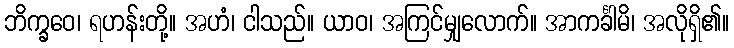
ဘိက္ခဝေ၊ ရဟန်းတို့။ အဟံ၊ ငါသည်။ ယာဝ၊ အကြင်မျှလောက်။ အာကင်္ခါမိ၊ အလိုရှိ၏။